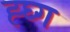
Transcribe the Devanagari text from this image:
ह्घ्ग